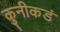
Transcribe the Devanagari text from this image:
कुनीकडं